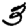
Digit: 3